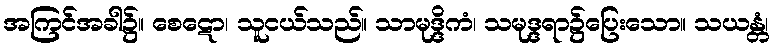
အကြင်အခါ၌။ စေဋော၊ သူငယ်သည်။ သာမုဒ္ဒိကံ၊ သမုဒ္ဒရာ၌ပြေးသော။ သယန္တံ၊